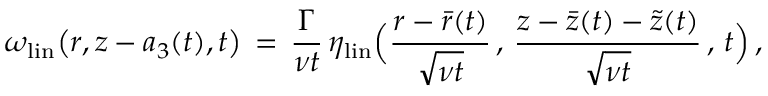
\omega _ { \mathrm { l i n } } \bigl ( r , z - a _ { 3 } ( t ) , t \bigr ) \, = \, \frac { \Gamma } { \nu t } \, \eta _ { \mathrm { l i n } } \Bigl ( \frac { r - \bar { r } ( t ) } { \sqrt { \nu t } } \, , \, \frac { z - \bar { z } ( t ) - \tilde { z } ( t ) } { \sqrt { \nu t } } \, , \, t \Bigr ) \, ,